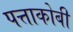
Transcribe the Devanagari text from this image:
पत्ताकोबी